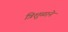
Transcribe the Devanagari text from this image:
त्रिशुळाने